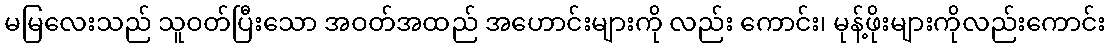
မမြလေးသည် သူဝတ်ပြီးသော အဝတ်အထည် အဟောင်းများကို လည်း ကောင်း၊ မုန့်ဖိုးများကိုလည်းကောင်း